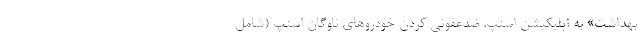
بهداشت» به اپلیکیشن اسنپ، ضدعفونی کردن خودروهای ناوگان اسنپ (شامل